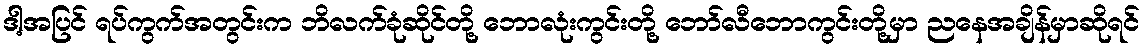
ဒါ့အပြင် ရပ်ကွက်အတွင်းက ဘိလက်ခုံဆိုင်တို့ ဘောလုံးကွင်းတို့ ဘော်လီဘောကွင်းတို့မှာ ညနေအချိန်မှာဆိုရင်